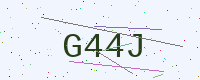
Text: G44J